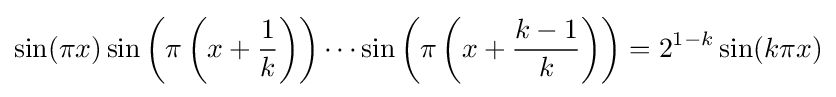
\sin(\pi x)\sin \left(\pi \left(x+{\frac {1}{k}}\right)\right)\cdots \sin \left(\pi \left(x+{\frac {k-1}{k}}\right)\right)=2^{1-k}\sin(k\pi x)